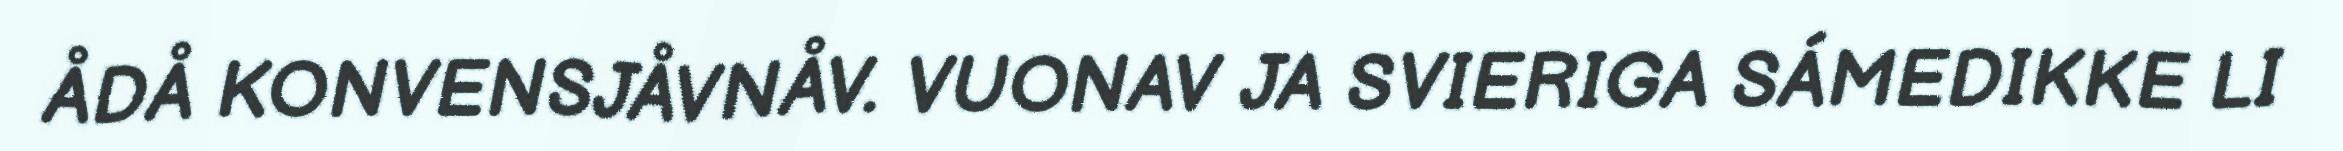
ÅDÅ KONVENSJÅVNÅV. VUONAV JA SVIERIGA SÁMEDIKKE LI